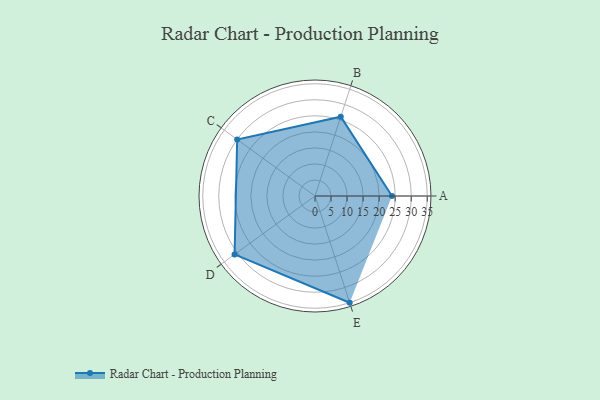
{"axis": {"x": "Skill", "y": "Score"}, "legend": ["Profile"], "data": [{"x": "A", "y": 24.0, "type": "Profile"}, {"x": "B", "y": 26.0, "type": "Profile"}, {"x": "C", "y": 30.0, "type": "Profile"}, {"x": "D", "y": 31.0, "type": "Profile"}, {"x": "E", "y": 35.0, "type": "Profile"}]}